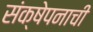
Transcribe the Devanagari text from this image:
संक्षेपनाची